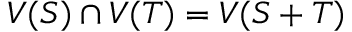
V ( S ) \cap V ( T ) = V ( S + T )